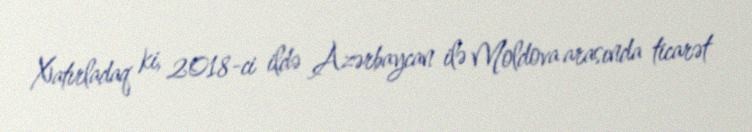
Xatırladaq ki, 2018-ci ildə Azərbaycan ilə Moldova arasında ticarət